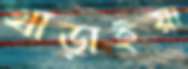
খাড়াইয়া